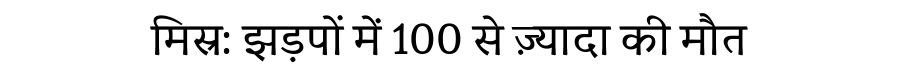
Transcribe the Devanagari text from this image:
मिस्र: झड़पों में 100 से ज़्यादा की मौत